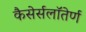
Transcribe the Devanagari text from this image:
कैसेर्सलॉतेर्ण